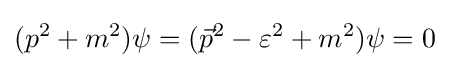
(p^{2}+m^{2})\psi =({\vec {p}}^{2}-\varepsilon ^{2}+m^{2})\psi =0